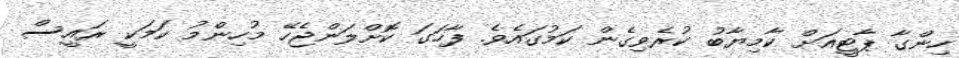
ހިންގާ ޕާޓީއަށް ކާމިޔާބު ކުރެވިގެން ކަމުގައެވެ. ފާހަގަ ކޮށްލަންޖެހޭ މުހިންމު ކަމަކީ ރައީސް